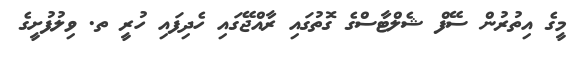
މީގެ އިތުރުން ސޭފް ޝެލްޓާސްގެ ގޮތުގައި ރާއްޖޭގައި ހެދިފައި ހުރީ ތ. ވިލުފުށީގެ